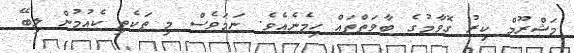
މަޝްރޫމް ކިރު ގޮވާމުގެ ބާވަތްތައް ހިމެނެއެވެ. ނަމަވެސް މި ތަކެތި ކެއުމުން ލިބޭ